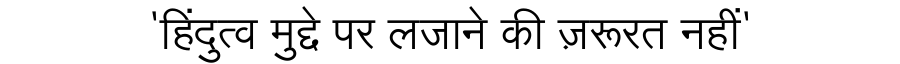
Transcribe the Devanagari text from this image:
'हिंदुत्व मुद्दे पर लजाने की ज़रूरत नहीं'